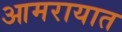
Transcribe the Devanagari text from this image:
आमरायात